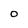
Character: O